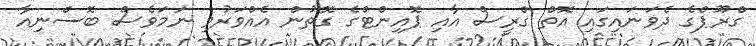
ގްރޫޕްގެ ދެވަނައިގައި އޮތް ގްރީސް އާއި ޕޮއިންޓްގެ ގޮތުން އެއްވަރުވި ނަމަވެސް ބޮސްނިއާ